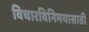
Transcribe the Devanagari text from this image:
विचारविनिमयासाठी